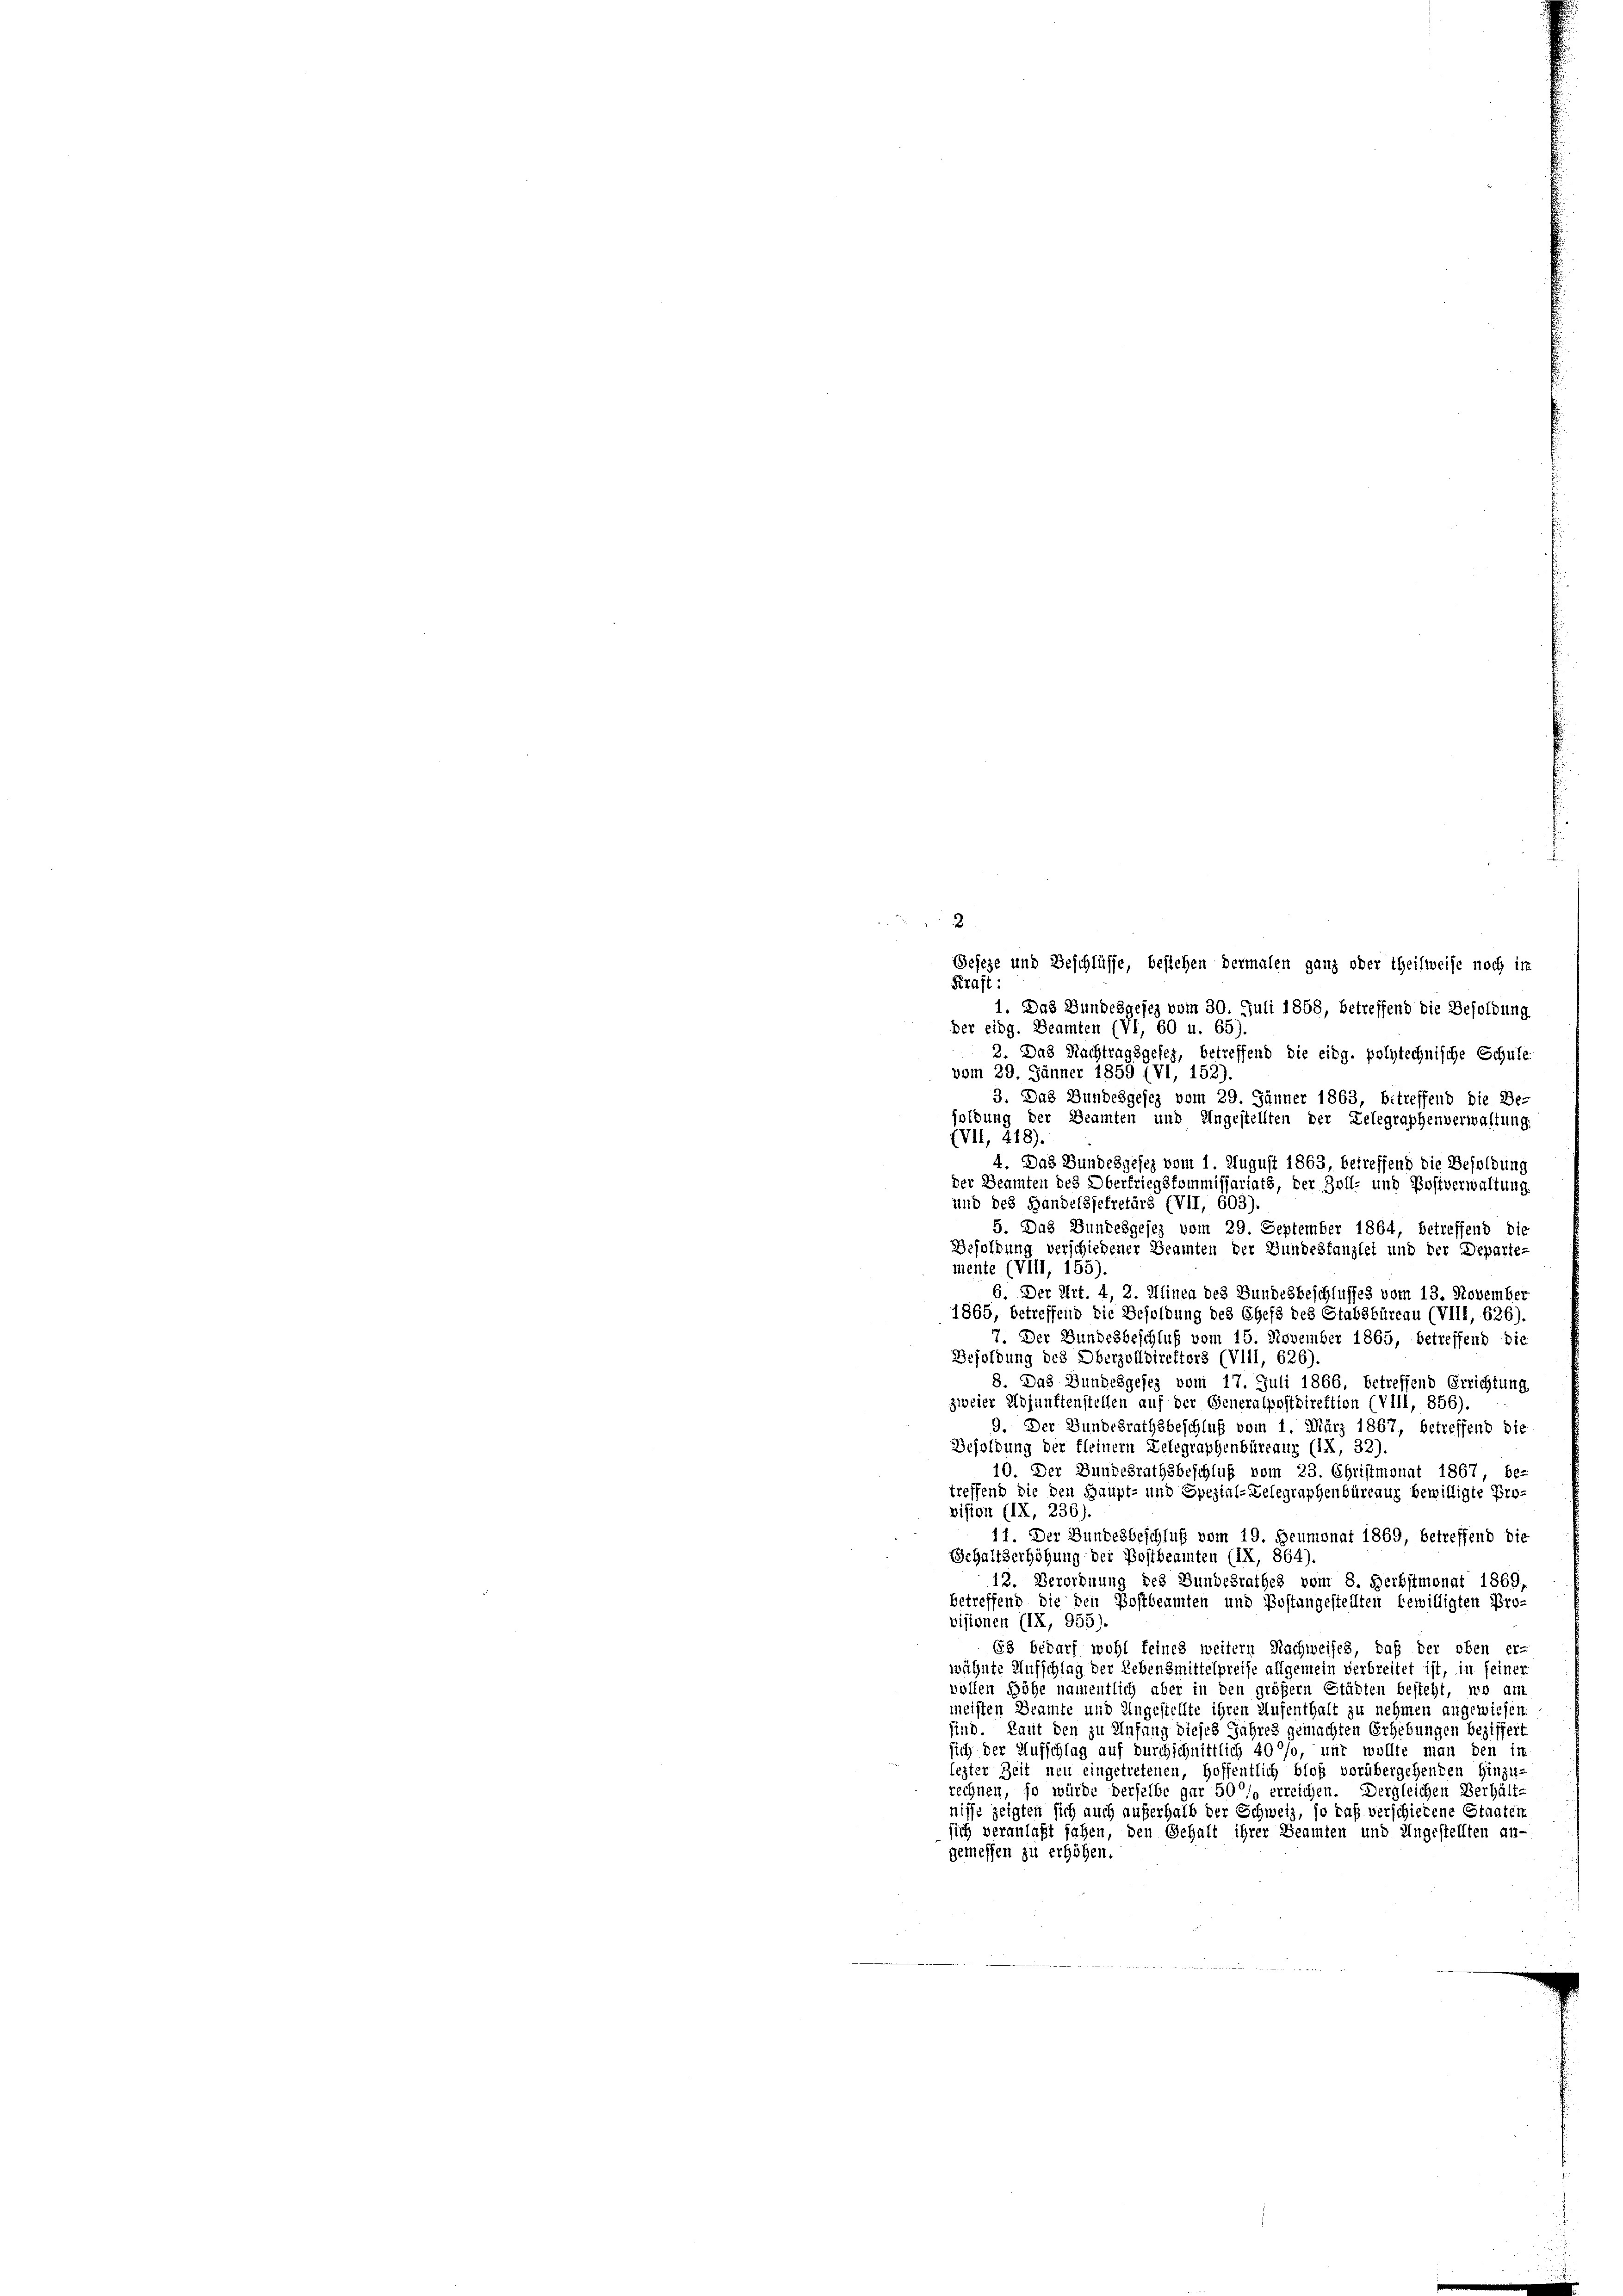
2
Geseze und Beschlüsse, bestehen dermalen ganz oder theilweise noch in
Kraft:
1. Das Bundesgefez vom 30. Juli 1858, betreffend die Besoldung
Der eidg. Beamten (VI, 60 u. 65).
2. Das Nachtragsgefes, betreffend die eidg. polytechnische Schule
vom 29. Jänner 1859 (VI, 152).
3. Das Bundesgesez vom 29. Jänner 1863, betreffend die Be-
soldung der Beamten und Ungestellten der Delegraphenverwaltung
VII, 418).
4. Das Bundesgesez vom 1. August 1863, betreffend die Besoldung
der Beamten des Oberfriegskommissariats, der Zoll- und Postverwaltung.
und des Handelssekretärs (VII, 603).
5. Das Bundesgesez vom 29. September 1864, betreffend die
Besoldung verschiedener Beamten der Bundestanzlei und der Departe-
mente (VIII, 155)
6. Der Art. 4, 2. Alinea des Bundesbeschlusses vom 13. November
1865, betreffend die Besoldung des Chefs des Stabsbureau (VIII, 626).
7. Der Bundesbeschluß vom 15. November 1865, betreffend die
Besoldung des Oberzolldirektors (VIII, 626).
8. Das Bundesgesez vom 17. Juli 1866, betreffend Errichtung
zweier Adjunktenstellen auf der Generalpostdirektion (VIII, 856).
9. Der Bundesrathsbeschluß vom 1. März 1867, betreffend die
Besoldung der fleinem Telegraphenbüreauz (IX, 32).
10. Der Bundesrathsbeschluß vom 23. Christmonat 1867, be-
treffend die den Haupt- und Spezial-Zelegraphenbüreaux bewilligte Pro-
vision (IX, 236).
11. Der Bundesbeschluß vom 19. Heumonat 1869, betreffend die
Gehaltserhöhung der Bostbeamten (IX, 864).
12. Verordnung des Bundesrathes vom 8. Herbstmonat 1869,
betreffend die den Postbeamten und Postangestellten bewilligten Pro-
visionen (IX, 955).
63 bedarf wohl feines weitern Nachweises, daß der oben er-
wähnte Aufschlag der Lebensmittelpreise allgemein verbreitet ist, in feiner
vollen Höhe namentlich aber in den größern Städten besteht, wo am
meisten Beamte und Ungestellte ihren Aufenthalt zu nehmen angewiesen,
sind. Laut den zu Anfang dieses Jahres gemachten Erhebungen beziffert
sich der Aufschlag auf durchschnittlich 40%, und wollte man den in
lezter Zeit neu eingetretenen, hoffentlich bloß vorübergehenden Hinzu-
rechnen, so würde derselbe gar 50 so erreichen. Dergleichen Verhält-
nisse zeigten sich auch außerhalb der Schweiz, so daß verschiedene Staaten
sich veranlaßt fahen, den Gehalt ihrer Beamten und Ungestellten an-
gemessen zu erhöhen.